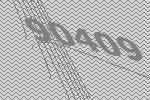
90409